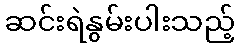
ဆင်းရဲနွမ်းပါးသည့်